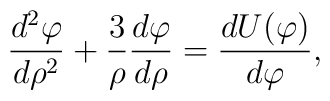
{d^2\varphi \over d\rho^2} + {3 \over \rho} {d\varphi \over d\rho} = {dU(\varphi) \over d\varphi } ,